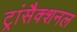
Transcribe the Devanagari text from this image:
ट्रांसैक्शनल